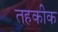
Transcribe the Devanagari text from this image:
तहकीक